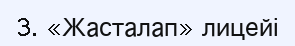
3. «Жасталап» лицейі